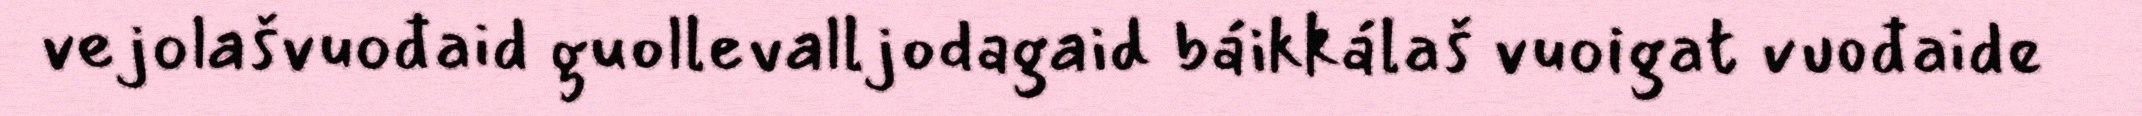
vejolašvuođaid guollevalljodagaid báikkálaš vuoigat vuođaide